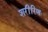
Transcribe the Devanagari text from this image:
शरीरिणः